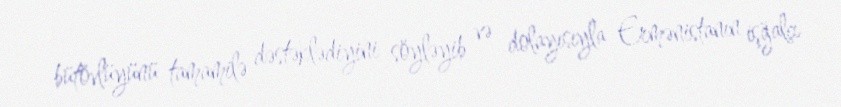
bütövlüyünü tamamilə dəstəklədiyini söyləyib və dolayısıyla Ermənistanın işğalçı